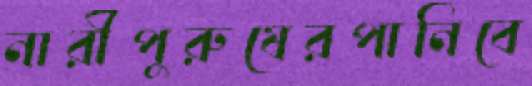
নারীপুরুষেরপানিবে